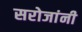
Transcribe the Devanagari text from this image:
सरोजांनी